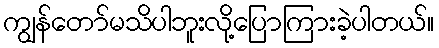
ကျွန်တော်မသိပါဘူးလို့ပြောကြားခဲ့ပါတယ်။